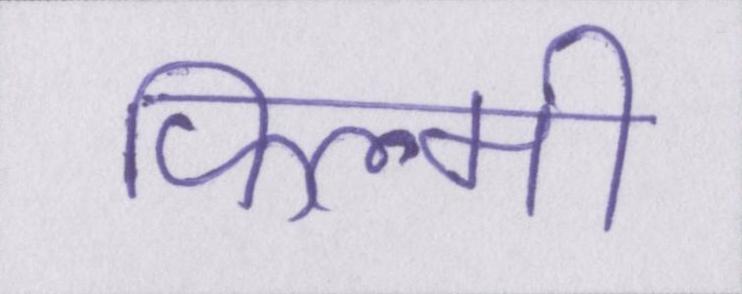
फिल्मी